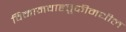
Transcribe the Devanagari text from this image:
विमानवाहतूकीमधील